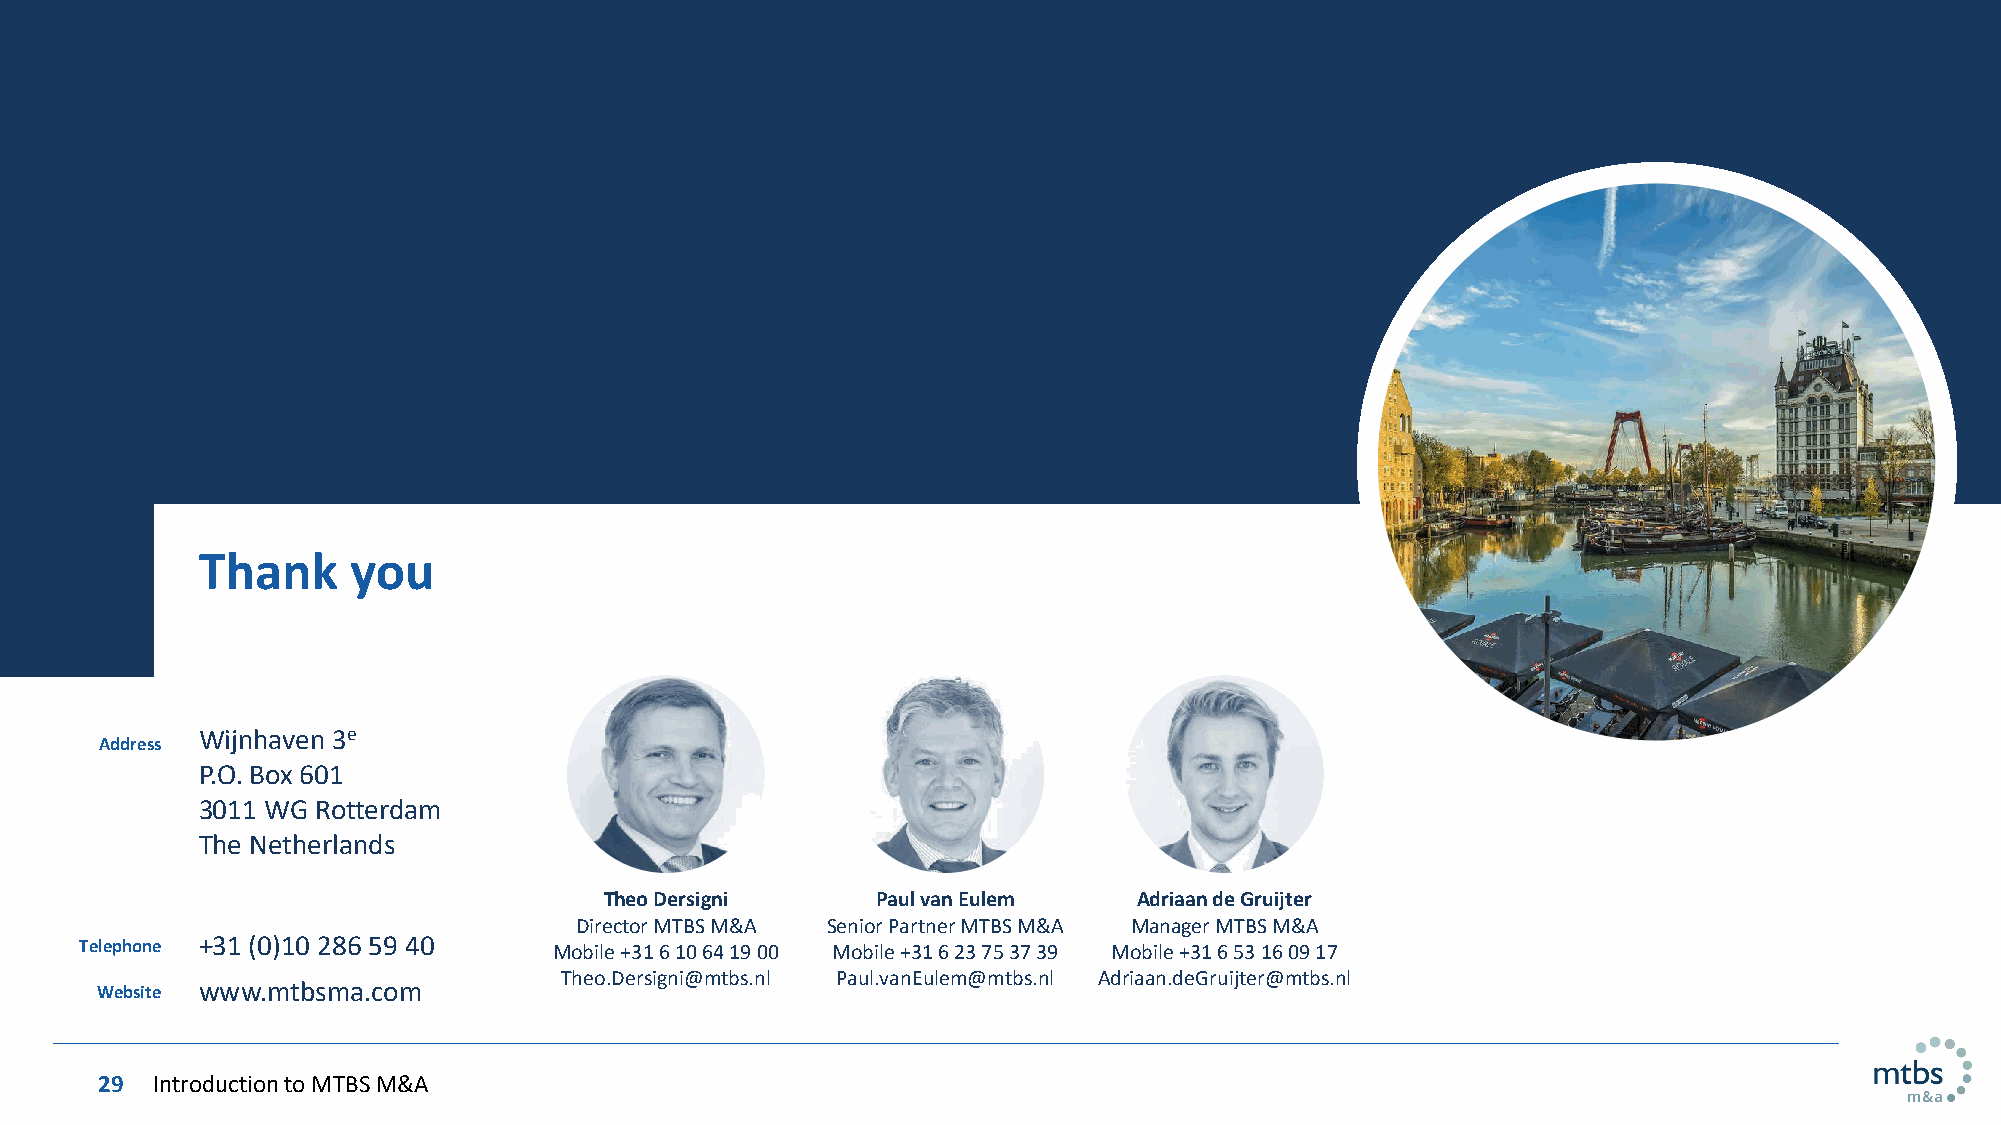
Thank     you
 Wijnhaven 3e
 Address
 P.O. Box 601
 3011 WG Rotterdam
 The Netherlands
 Theo Dersigni     Paul van Eulem   Adriaan de Gruijter
 Director MTBS M&A Senior Partner MTBS M&A Manager MTBS M&A
 Telephone +31 (0)10 286 59 40   Mobile +31 6 10 64 19 00 Mobile +31 6 23 75 37 39 Mobile +31 6 53 16 09 17
 Theo.Dersigni@mtbs.nl Paul.vanEulem@mtbs.nl Adriaan.deGruijter@mtbs.nl
 Website www.mtbsma.com
 29 Introduction to MTBS M&A